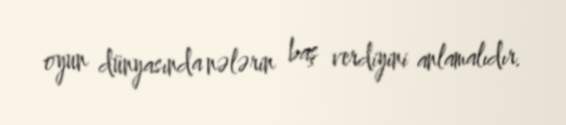
oyun dünyasında nələrin baş verdiyini anlamalıdır.